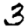
Digit: 3